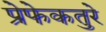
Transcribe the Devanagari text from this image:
प्रेफेकतुरे